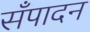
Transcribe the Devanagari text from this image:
सँपादन